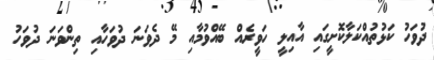
ދުވަހު ކަޅުތުއްކަލާކޮށީގައި އާއިލީ ހަވީރެއް ބޭއްވުމާއި މޭ ދެވަނަ ދުވަހާއި ތިންވަނަ ދުވަހު